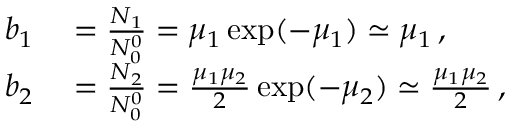
\begin{array} { r l } { b _ { 1 } } & { { } = \frac { N _ { 1 } } { N _ { 0 } ^ { 0 } } = \mu _ { 1 } \exp ( - \mu _ { 1 } ) \simeq \mu _ { 1 } \, , } \\ { b _ { 2 } } & { { } = \frac { N _ { 2 } } { N _ { 0 } ^ { 0 } } = \frac { \mu _ { 1 } \mu _ { 2 } } { 2 } \exp ( - \mu _ { 2 } ) \simeq \frac { \mu _ { 1 } \mu _ { 2 } } { 2 } \, , } \end{array}